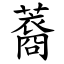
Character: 䕍